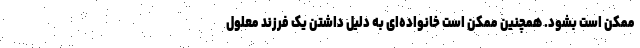
ممکن است بشود. همچنین ممکن است خانواده‌ای به دلیل داشتن یک فرزند معلول